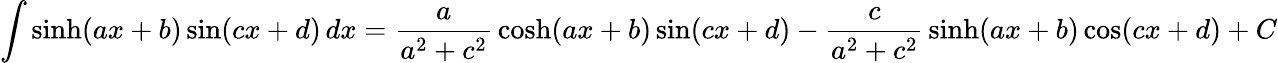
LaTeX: \int\sinh(ax+b)\sin(cx+d)\, dx={\frac{a}{a^{2}+c^{2}}}\cosh(ax+b)\sin(cx+d)-{\frac{c}{a^{2}+c^{2}}}\sinh(ax+b)\cos(cx+d)+C